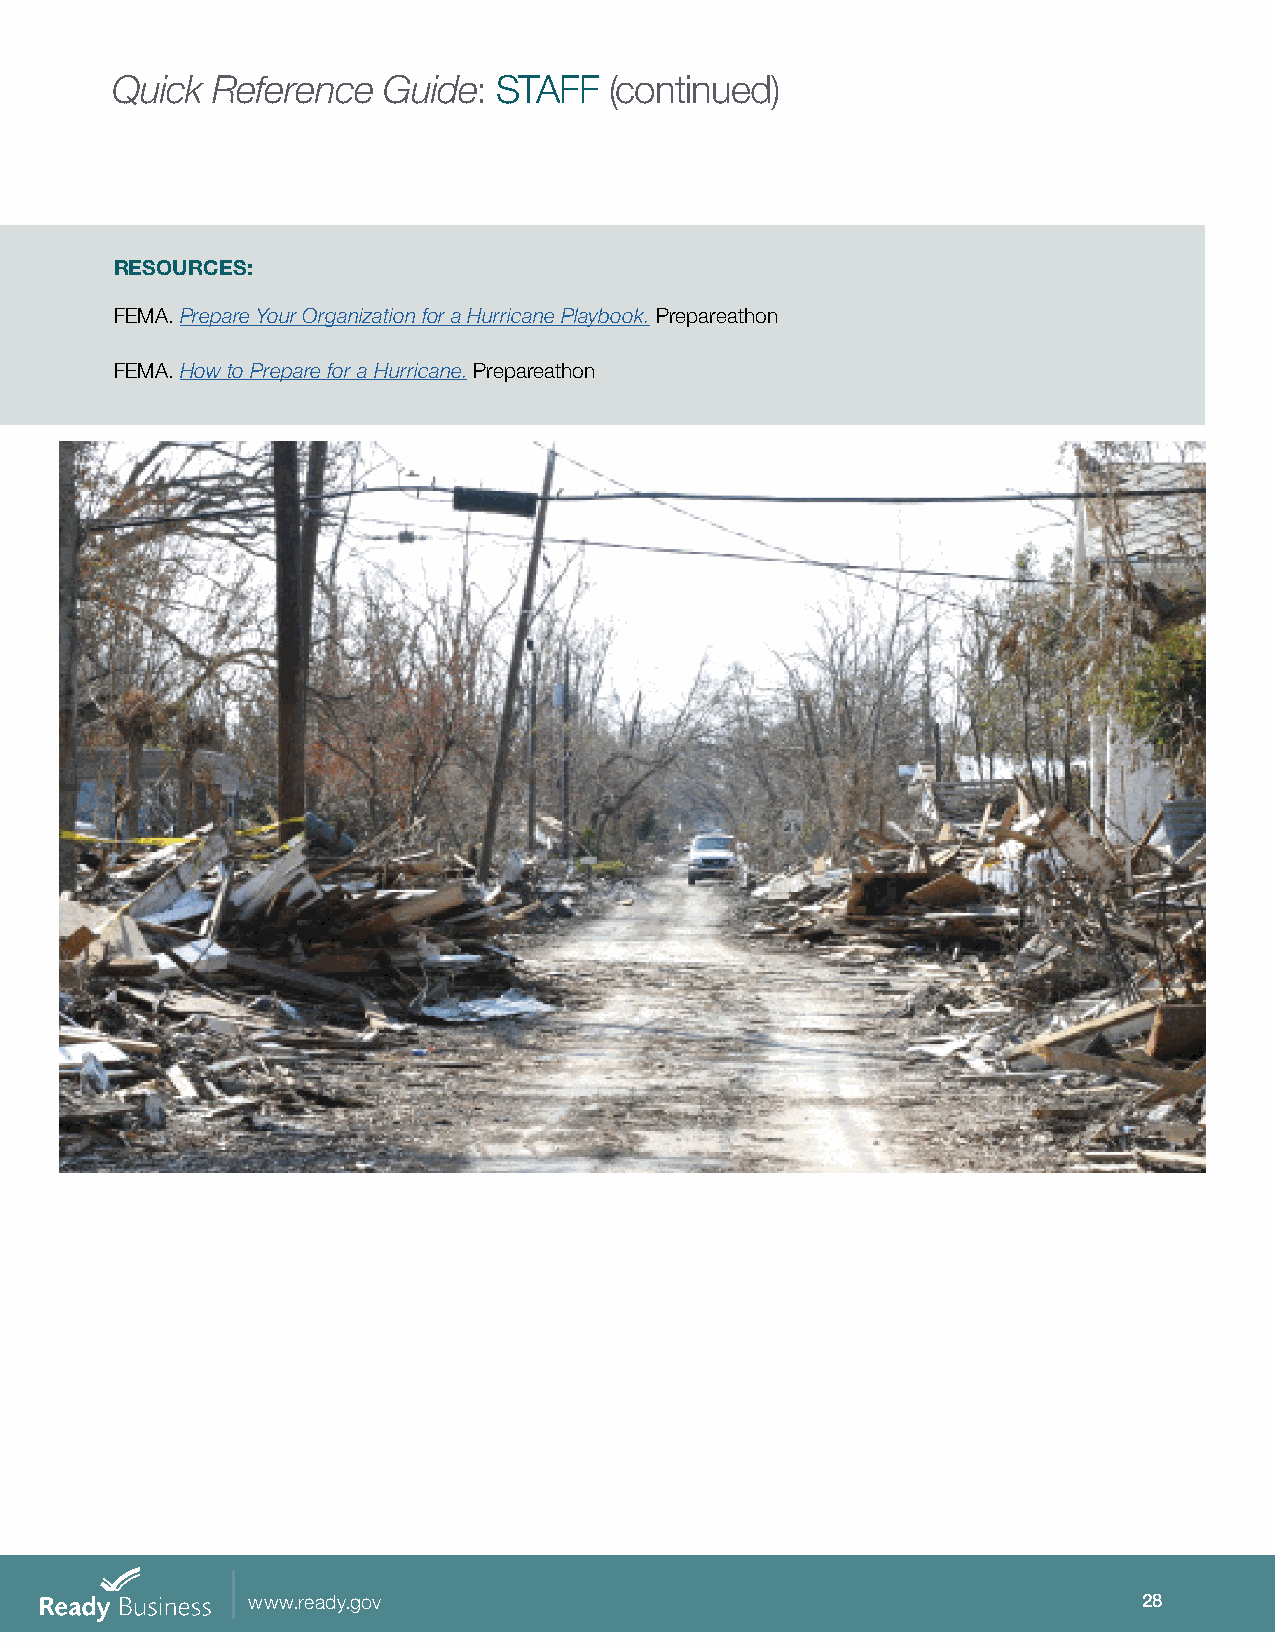
Quick  Reference  Guide:  STAFF  (continued)
 RESOURCES:
 FEMA. Prepare Your Organization for a Hurricane Playbook. Prepareathon
 FEMA. How to Prepare for a Hurricane. Prepareathon
 www.ready.gov                                               28